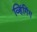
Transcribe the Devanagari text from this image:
व्हिंगिंग